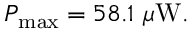
\begin{array} { r } { { P } _ { \operatorname* { m a x } } = 5 8 . 1 ~ \mu \mathrm { W } . } \end{array}